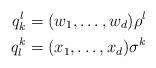
LaTeX: \begin{align*}q_k^l &= (w_1,\ldots,w_d)\rho^l\\q_l^k &= (x_1,\ldots,x_d)\sigma^k\end{align*}